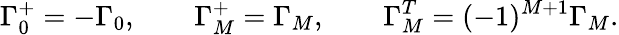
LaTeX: \Gamma_{0}^{+}=-\Gamma_{0},\qquad\Gamma_{M}^{+}=\Gamma_{M},\qquad\Gamma_{M}^{T}=(-1)^{M+1}\Gamma_{M}.